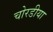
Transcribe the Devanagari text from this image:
चोरडीया